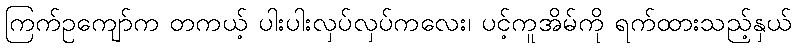
ကြက်ဥကျော်က တကယ့် ပါးပါးလှပ်လှပ်ကလေး၊ ပင့်ကူအိမ်ကို ရက်ထားသည့်နှယ်